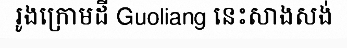
រូងក្រោមដី Guoliang នេះសាងសង់